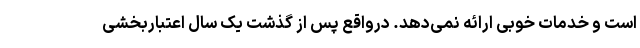
است و خدمات خوبی ارائه نمی‌دهد. درواقع پس از گذشت یک سال اعتباربخشی